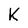
Character: K